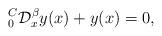
LaTeX: \begin{align*} _{0}^{C}\mathcal{D}_{x}^{\beta} y(x)+y(x)=0,~~~~\end{align*}